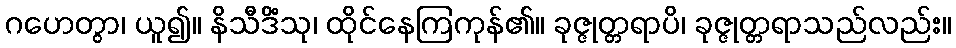
ဂဟေတွာ၊ ယူ၍။ နိသီဒိံသု၊ ထိုင်နေကြကုန်၏။ ခုဇ္ဇုတ္တရာပိ၊ ခုဇ္ဇုတ္တရာသည်လည်း။